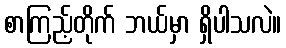
စာကြည့်တိုက် ဘယ်မှာ ရှိပါသလဲ။